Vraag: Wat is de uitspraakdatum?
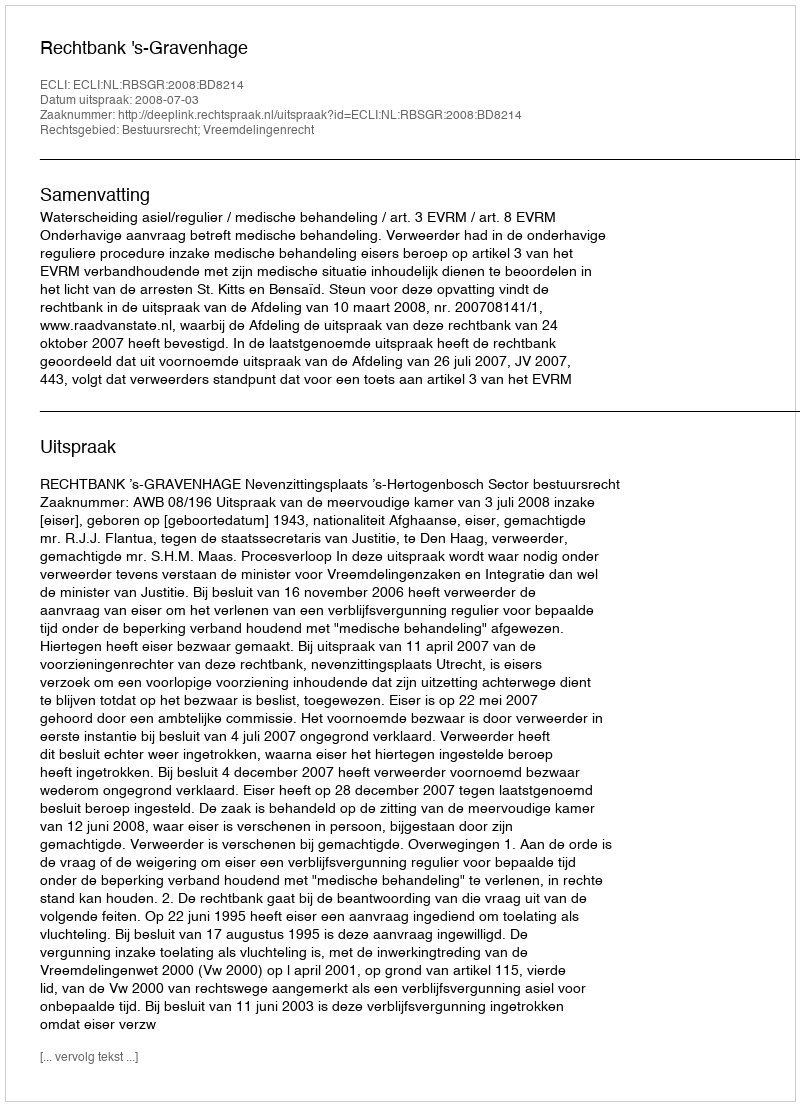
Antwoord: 2008-07-03